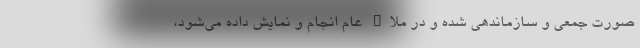
صورت جمعی و سازماندهی شده و در ملاء عام انجام و نمایش داده می‌شود،